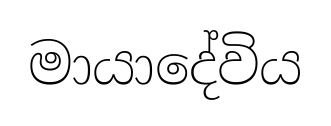
මායාදේවිය